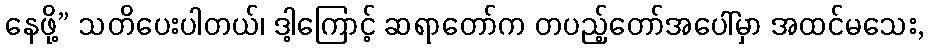
နေဖို့” သတိပေးပါတယ်၊ ဒါ့ကြောင့် ဆရာတော်က တပည့်တော်အပေါ်မှာ အထင်မသေး,